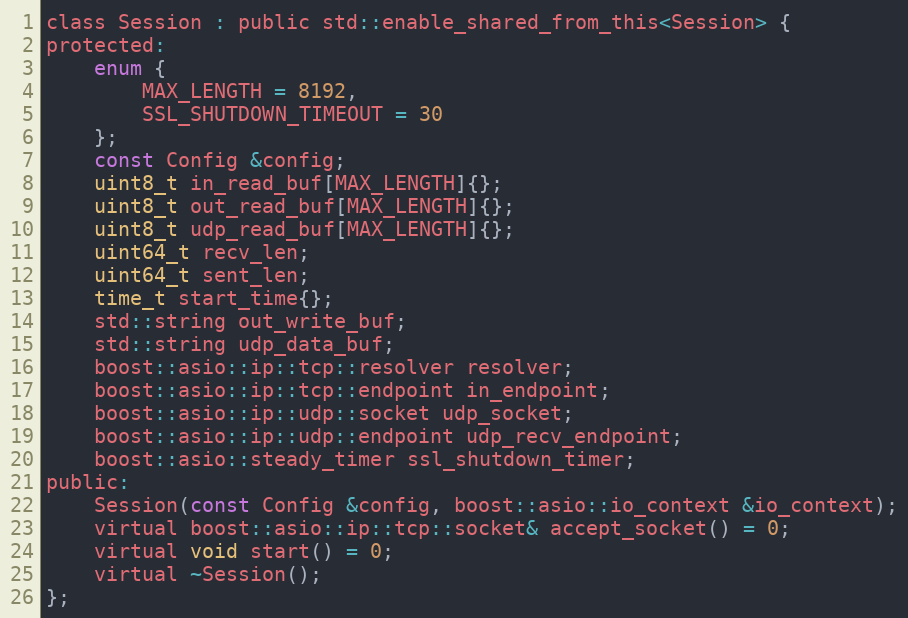
Language: C
class Session : public std::enable_shared_from_this<Session> {
protected:
    enum {
        MAX_LENGTH = 8192,
        SSL_SHUTDOWN_TIMEOUT = 30
    };
    const Config &config;
    uint8_t in_read_buf[MAX_LENGTH]{};
    uint8_t out_read_buf[MAX_LENGTH]{};
    uint8_t udp_read_buf[MAX_LENGTH]{};
    uint64_t recv_len;
    uint64_t sent_len;
    time_t start_time{};
    std::string out_write_buf;
    std::string udp_data_buf;
    boost::asio::ip::tcp::resolver resolver;
    boost::asio::ip::tcp::endpoint in_endpoint;
    boost::asio::ip::udp::socket udp_socket;
    boost::asio::ip::udp::endpoint udp_recv_endpoint;
    boost::asio::steady_timer ssl_shutdown_timer;
public:
    Session(const Config &config, boost::asio::io_context &io_context);
    virtual boost::asio::ip::tcp::socket& accept_socket() = 0;
    virtual void start() = 0;
    virtual ~Session();
};